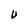
Character: U